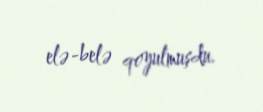
elə-belə qoyulmuşdu.